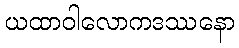
ယထာဝါလောကဒဿနော